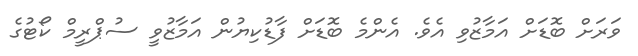
ވަރަށް ބޮޑަށް އަމާޒުވި އެވެ. އެންމެ ބޮޑަށް ފާޑުކިޔުން އަމާޒުވީ ސުޕްރީމް ކޯޓުގެ